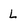
Character: L